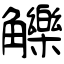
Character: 觻